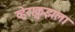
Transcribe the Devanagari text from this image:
व्हेराक्रुझला